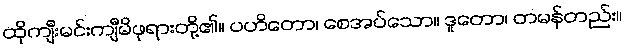
ထိုကျီးမင်းကျီမိဖုရားတို့၏။ ပဟိတော၊ စေအပ်သော။ ဒူတော၊ တမန်တည်း။